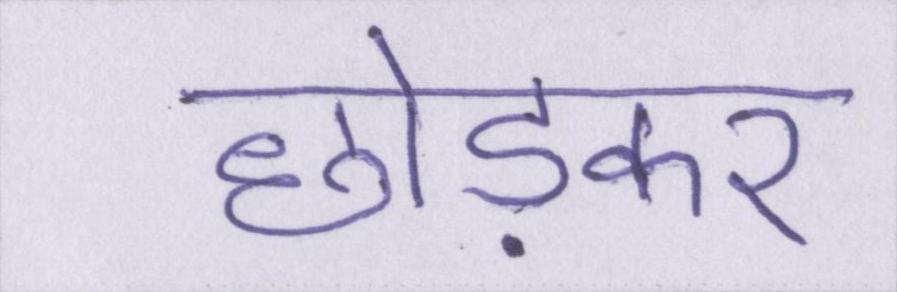
छोड़कर